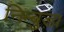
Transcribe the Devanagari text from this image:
निम्बुड़ा